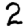
Digit: 2